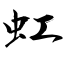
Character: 虹